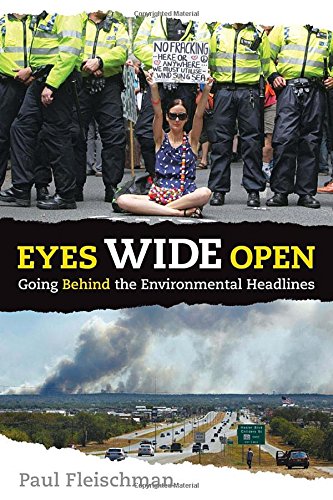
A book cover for Eyes Wide Open: Going Behind the Environmental Headlines; Paul Fleischman; Teen & Young Adult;